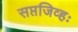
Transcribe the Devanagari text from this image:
सप्तजिव्हः